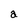
Character: a